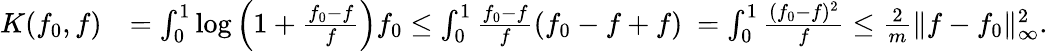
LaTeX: \begin{array}{rl}{K(f_{0},f)}&{=\int_{0}^{1}\log\left(1+\frac{f_{0}-f}{f}\right)f_{0}\leq\int_{0}^{1}\frac{f_{0}-f}{f}(f_{0}-f+f)\ =\int_{0}^{1}\frac{(f_{0}-f)^{2}}{f}\leq\frac{2}{m}\| f-f_{0}\| _{\infty}^{2}.}\end{array}